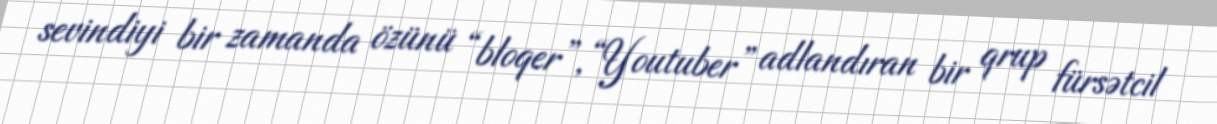
sevindiyi bir zamanda özünü “bloqer”, “Youtuber” adlandıran bir qrup fürsətcil